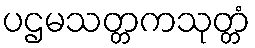
ပဌမသတ္တကသုတ္တံ